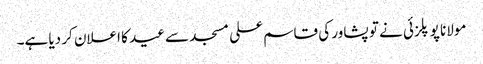
مولانا پوپلزئی نے تو پشاور کی قاسم علی مسجد سے عید کا اعلان کر دیا ہے۔